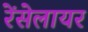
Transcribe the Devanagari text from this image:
रेंसेलायर